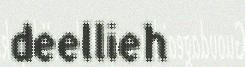
deellieh